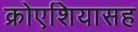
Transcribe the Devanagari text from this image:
क्रोएशियासह